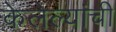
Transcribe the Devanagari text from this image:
केलेल्यांची